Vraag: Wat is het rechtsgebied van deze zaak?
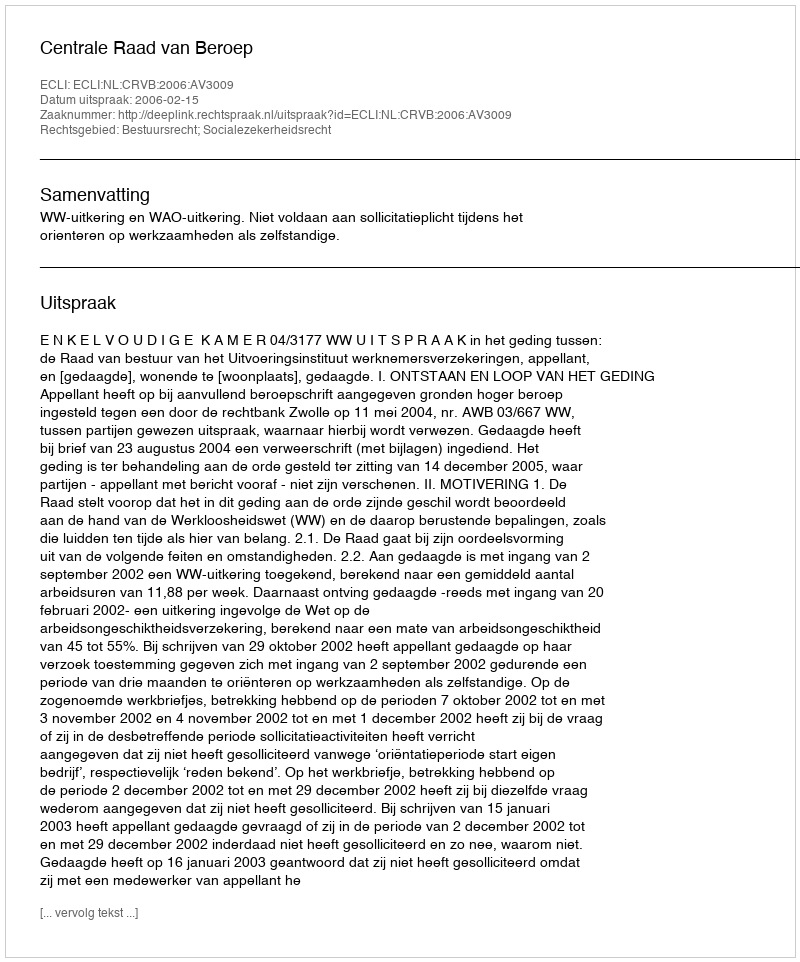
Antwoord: Bestuursrecht; Socialezekerheidsrecht